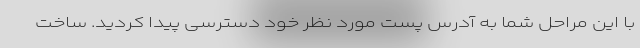
با این مراحل شما به آدرس پست مورد نظر خود دسترسی پیدا کردید. ساخت